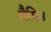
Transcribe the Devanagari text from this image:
गैमिन